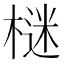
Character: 𣗌